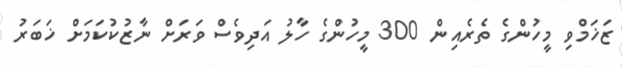
ޒަޚަމްވި މީހުންގެ ތެރެއިން 300 މީހުންގެ ހާލު އަދިވެސް ވަރަށް ނާޒުކުކަމަށް ޚަބަރު